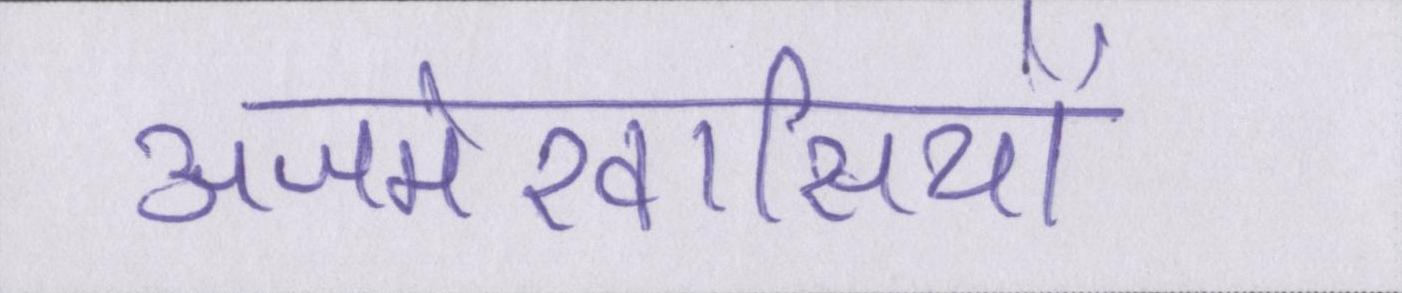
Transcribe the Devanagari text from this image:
अजमेरवासियों